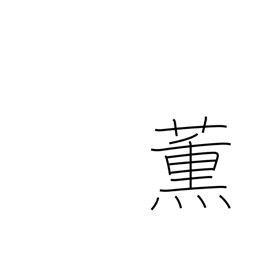
Meaning: smoke (tobacco)